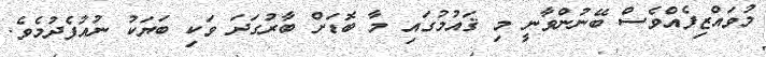
މުވައްޒިފެއްވެސް ބޭނުންވާނީ މި ޤައުމުގައި މާ ބޮޑަށް ބާރުގަދަ ވަކި ބަޔަކު ނުއުފެދުމެވެ.